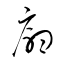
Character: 廰